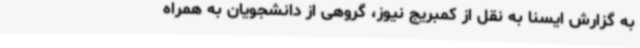
به گزارش ایسنا به نقل از کمبریج نیوز، گروهی از دانشجویان به همراه